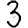
Digit: 3